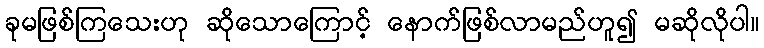
ခုမဖြစ်ကြသေးဟု ဆိုသောကြောင့် နောက်ဖြစ်လာမည်ဟူ၍ မဆိုလိုပါ။